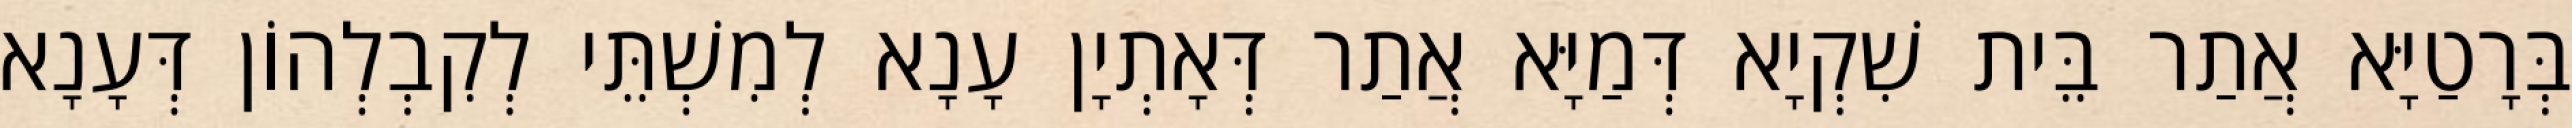
בְּרָטַיָּא אֲתַר בֵּית שִׁקְיָא דְּמַיָּא אֲתַר דְּאָתְיָן עָנָא לְמִשְׁתֵּי לְקִבְלְהוֹן דְּעָנָא